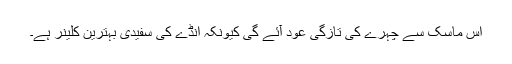
اس ماسک سے چہرے کی تازگی عود آئے گی کیونکہ انڈے کی سفیدی بہترین کلینر ہے۔